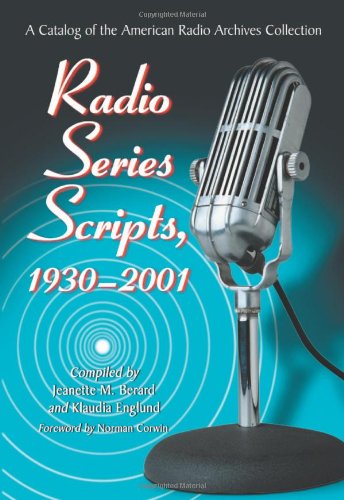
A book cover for Radio Series Scripts, 1930-2001: A Catalog of the American Radio Archives Collection; Jeanette M. Berard; Humor & Entertainment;